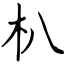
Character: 朳